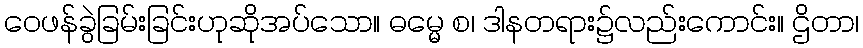
ဝေဖန်ခွဲခြမ်းခြင်းဟုဆိုအပ်သော။ ဓမ္မေ စ၊ ဒါနတရား၌လည်းကောင်း။ ဌိတာ၊